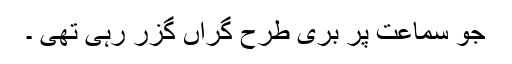
جو سماعت پر بری طرح گراں گزر رہی تھی ۔